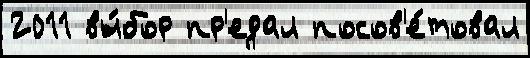
2011 вы́бор пр'едал посов'е́товал